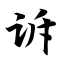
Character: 诉